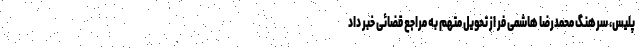
پلیس، سرهنگ محمدرضا هاشمی فر از تحویل متهم به مراجع قضائی خبر داد